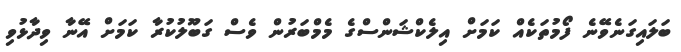
ބަލައިގަނެވޭނެ ފޯމުތަކެއް ކަމަށް އިލެކްޝަންސްގެ މެމްބަރުން ވެސް ގަބޫލުކުރާ ކަމަށް އޭނާ ވިދާޅުވި